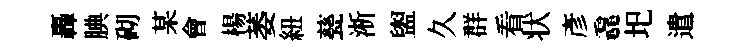
轟腆砌某會楊萎紐甆淅盥久群看状彥毳圯遣